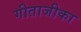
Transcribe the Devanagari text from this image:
गीताजीका